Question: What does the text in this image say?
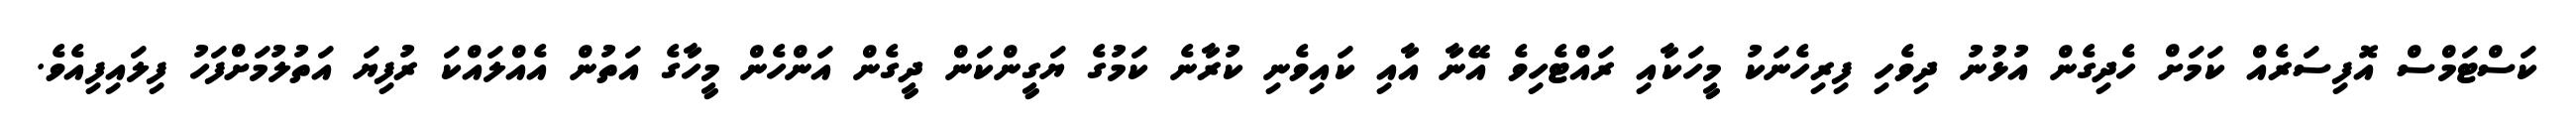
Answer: ކަސްޓަމްސް އޮފިސަރެއް ކަމަށް ހެދިގެން އުޅުނު ދިވެހި ފިރިހެނަކު މީހަކާއި ރައްޓެހިވެ އޭނާ އާއި ކައިވެނި ކުރާނެ ކަމުގެ ޔަގީންކަން ދީގެން އަންހެން މީހާގެ އަތުން އެއްލައްކަ ރުފިޔަ އަތުލުމަށްފަހު ފިލައިފިއެވެ.